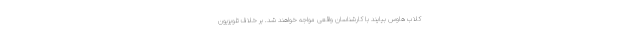
کلاب هاوس بیایند با کارشناسان واقعی مواجه خواهند شد. بر خلاف تلویزیون